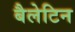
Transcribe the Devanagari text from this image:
बैलेटिन